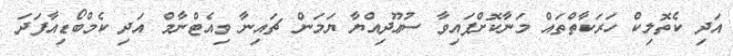
އަދި ކެތޮލިކް ހަރަކާތްތައް މަނާކޮށްފައިވާ ސުޢޫދިއްޔާ ޔަމަން ޗައިނާ ވިއެޓްނާމް އަދި ކެމްބޯޑިއާފަދަ